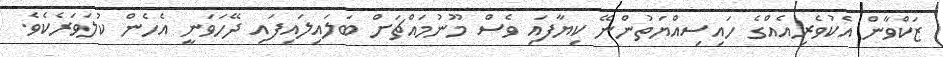
ޒަކްވާން އެކުވެރިއެއްގެ ހައިސިއްޔަތުންނޭ ކިޔާފައި ވެސް މޫނުމައްޗަށް ބަލައިލައިފައި ދޭހަވަނީ އެހެން ކުލަވަރެކެވެ.